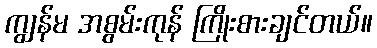
ကျွန်မ အစွမ်းကုန် ကြိုးစားချင်တယ်။